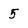
Character: 5